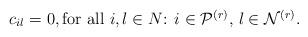
LaTeX: \begin{align*} c_{il}=0, \mbox{for all $i,l \in N$: $i\in \mathcal P^{(r)}$, $l \in \mathcal N^{(r)}$}. \end{align*}